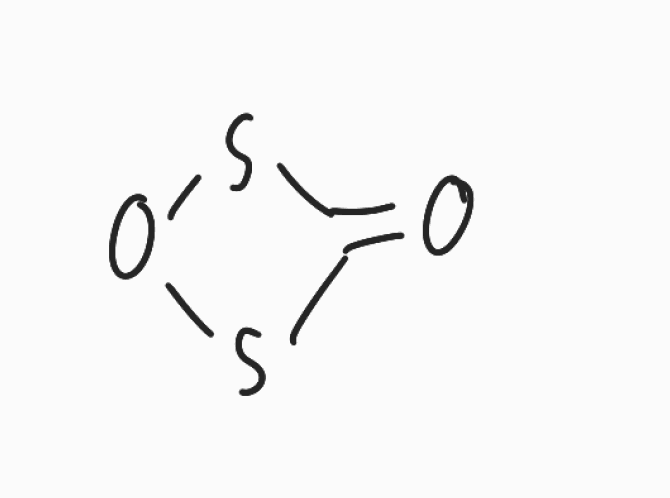
Simplified molecular-input line-entry system (SMILES) notation of the given molecule:
C1(=O)SOS1